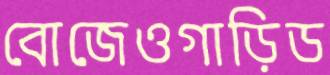
বোজেওগাড়িড